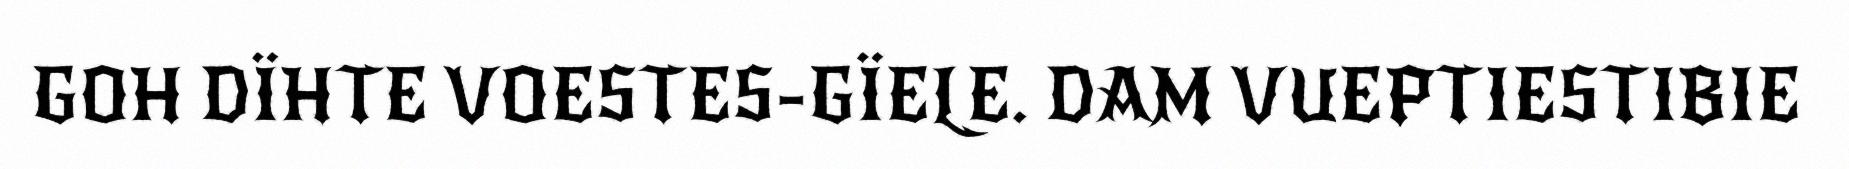
GOH DÏHTE VOESTES-GÏELE. DAM VUEPTIESTIBIE